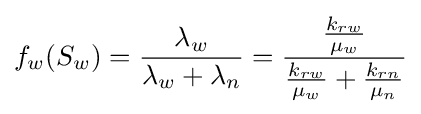
f_{w}(S_{w})={\frac {\lambda _{w}}{\lambda _{w}+\lambda _{n}}}={\frac {\frac {k_{rw}}{\mu _{w}}}{{\frac {k_{rw}}{\mu _{w}}}+{\frac {k_{rn}}{\mu _{n}}}}}